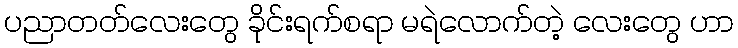
ပညာတတ်လေးတွေ ခိုင်းရက်စရာ မရဲလောက်တဲ့ လေးတွေ ဟာ